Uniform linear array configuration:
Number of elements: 64
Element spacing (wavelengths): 1
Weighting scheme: hamming
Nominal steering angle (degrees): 15
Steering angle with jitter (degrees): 14.469
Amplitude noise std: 0.05
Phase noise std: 0.05

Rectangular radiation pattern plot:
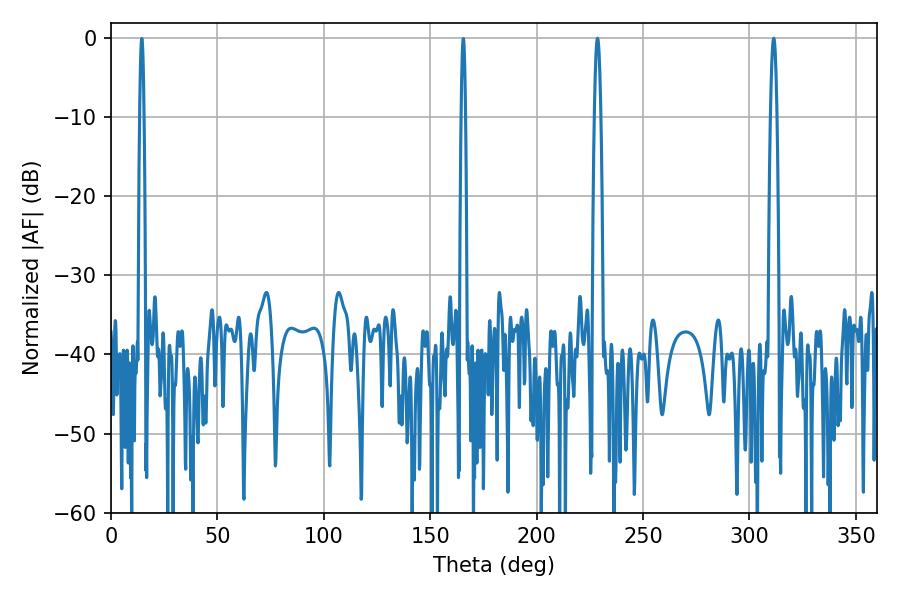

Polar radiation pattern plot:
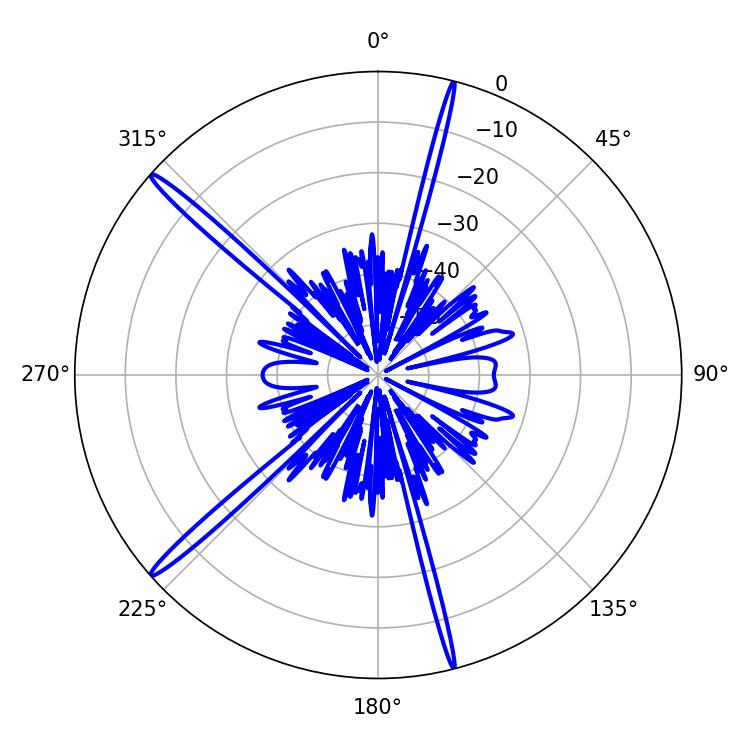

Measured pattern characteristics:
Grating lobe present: TRUE
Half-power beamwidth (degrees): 1.62
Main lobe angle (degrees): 228.6